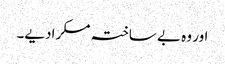
اور وہ بے ساختہ مسکرادیے۔